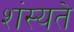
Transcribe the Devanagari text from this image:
शंस्यते